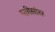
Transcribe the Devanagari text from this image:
प्लीसांस